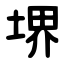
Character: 堺